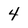
Character: 4